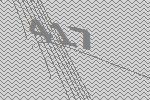
417